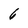
Character: 6